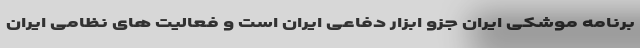
برنامه موشکی ایران جزو ابزار دفاعی ایران است و فعالیت های نظامی ایران